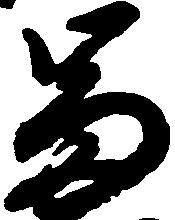
富